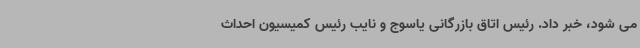
می شود، خبر داد. رئیس اتاق بازرگانی یاسوج و نایب رئیس کمیسیون احداث